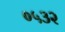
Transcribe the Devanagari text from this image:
०५३२